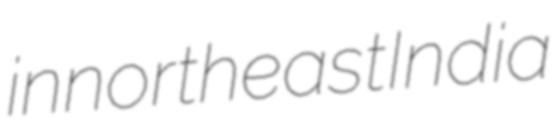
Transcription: in northeast India